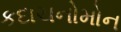
કદાચનોમોન